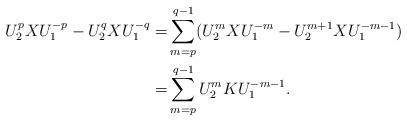
LaTeX: \begin{align*}\begin{aligned}U_2^pXU_1^{-p}-U_2^q XU_1^{-q}=&\sum_{m=p}^{q-1} (U_2^{m} XU_1^{-m}-U_2^{m+1} XU_1^{-m-1}) \\=&\sum_{m=p}^{q-1} U_2^{m}KU_1^{-m-1}.\end{aligned}\end{align*}